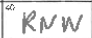
Transcription: RNW